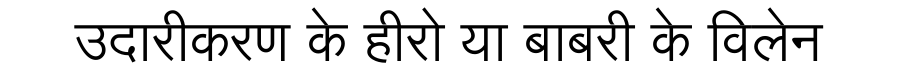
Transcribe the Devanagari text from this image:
उदारीकरण के हीरो या बाबरी के विलेन